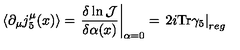
\langle \partial _ { \mu } j _ { 5 } ^ { \mu } ( x ) \rangle = \left. \frac { \delta \ln { \mathcal J } } { \delta \alpha ( x ) } \right| _ { \alpha = 0 } = \left. 2 i \mathrm { T r } \gamma _ { 5 } \right| _ { r e g }